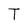
Character: T